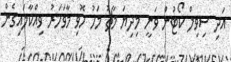
އަދި ސިވިލް ކޯޓުން ވަނީ މިދިޔަ މާޗު މަހު ހޮވި މާވަހަރު ވިއްކާލައިގެން